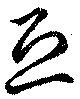
恐